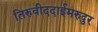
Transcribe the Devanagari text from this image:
तिरुवीददाईमरुदुर